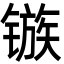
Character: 镞